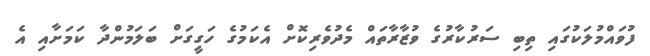
ފުވައްމުލަކުގައި ތިބި ސަރުކާރުގެ ވުޒާރާތައް މެދުވެރިކޮށް އެކަމުގެ ހަގީގަށް ބަލަމުންދާ ކަމަށާއި އެ